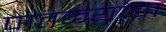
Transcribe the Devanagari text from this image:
पातळ्यांचा